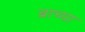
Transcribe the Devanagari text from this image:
ब्राच्या